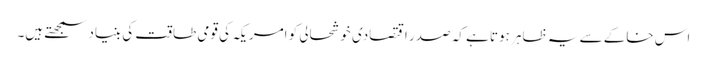
اس خاکے سے یہ ظاہر ہوتا ہے کہ صدر اقتصادی خوشحالی کو امریکہ کی قومی طاقت کی بنیاد سمجھتے ہیں۔